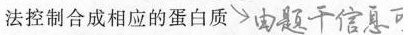
法控制合成相应的蛋白质 ##\searrow 由题干信息&##